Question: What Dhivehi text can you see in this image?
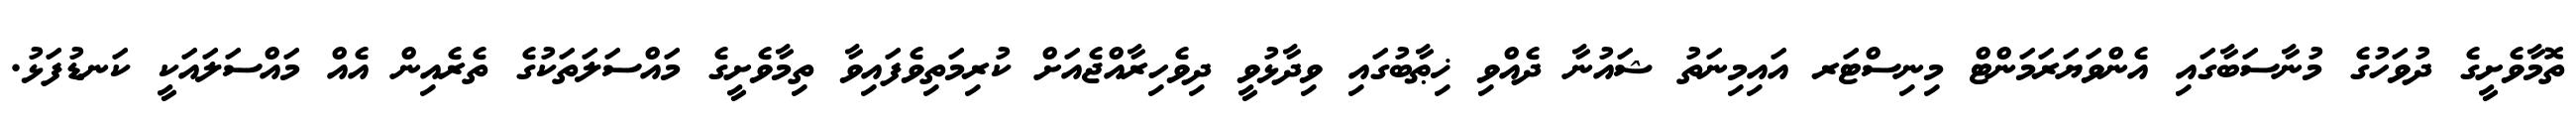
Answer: ތޮމާވެށީގެ ދުވަހުގެ މުނާސަބާގައި އެންވަޔަރަމަންޓް މިނިސްޓަރ އައިމިނަތު ޝައުނާ ދެއްވި ޚިޠާބުގައި ވިދާޅުވީ ދިވެހިރާއްޖެއަށް ކުރިމަތިވެފައިވާ ތިމާވެށީގެ މައްސަލަތަކުގެ ތެރެއިން އެއް މައްސަލައަކީ ކަނޑުފަޅު.